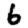
Digit: 6